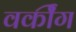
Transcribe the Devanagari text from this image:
वर्कींग